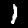
Label: 1